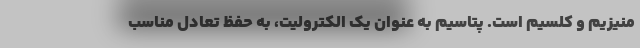
منیزیم و کلسیم است. پتاسیم به عنوان یک الکترولیت، به حفظ تعادل مناسب